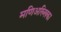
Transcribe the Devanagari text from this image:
मणिअख्खिका